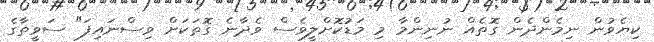
ކިޔެވުން ނިމެންދެން ގޮތެއް ނުނިންމާ މި މަޑުކޮށްލީވެސް ވެދާނެ ގޮތަކަށް ވިސްނައިފަ" ސަވީތާގެ